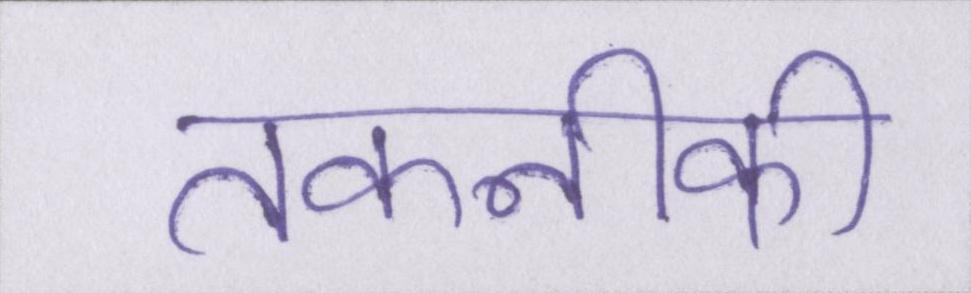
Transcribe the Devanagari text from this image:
तकनीकी